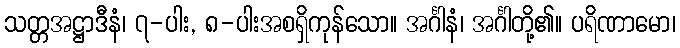
သတ္တအဋ္ဌာဒီနံ၊ ၇-ပါး, ၈-ပါးအစရှိကုန်သော။ အင်္ဂါနံ၊ အင်္ဂါတို့၏။ ပရိဏာမော၊